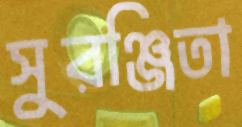
সুরঞ্জিতা